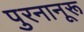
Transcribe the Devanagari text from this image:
पुरनानूरू